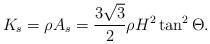
LaTeX: \begin{align*}K_s=\rho A_s=\frac{3\sqrt{3}}{2}\rho H^2\tan^2\Theta.\end{align*}